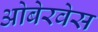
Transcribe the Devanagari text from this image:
ओबेरवेस